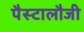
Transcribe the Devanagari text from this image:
पैस्टालौजी